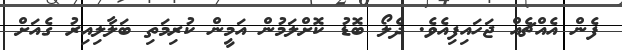
ފެން އެއްޗެއް ޖަހައިފިއެވެ. ދެލޯ ބޮޑު ކޮށްލަމުން އަމީން ކުރިމަތި ބަލާލިއިރު ގެއަށް